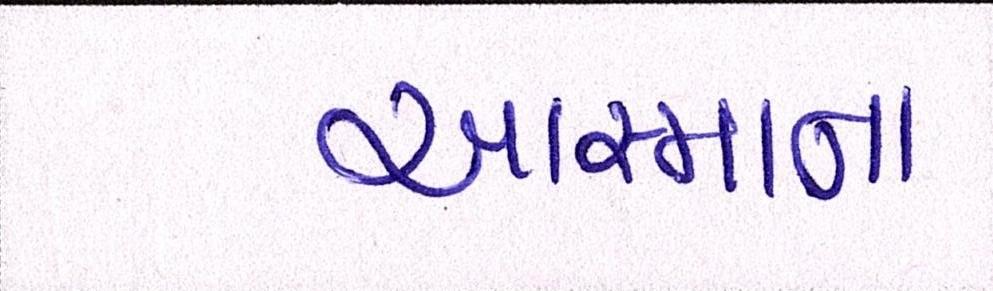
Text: આસ્માના